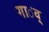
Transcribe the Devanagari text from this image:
गा॑व्